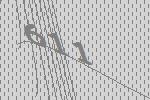
611